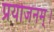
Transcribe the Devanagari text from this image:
प्रयोजनम्।